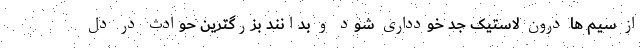
از سیم ها درون لاستیک جد خودداری شود و بدانند بزرگترین حوادث در دل